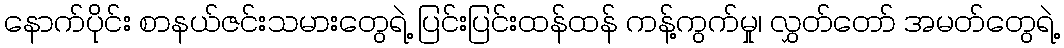
နောက်ပိုင်း စာနယ်ဇင်းသမားတွေရဲ့ ပြင်းပြင်းထန်ထန် ကန့်ကွက်မှု၊ လွှတ်တော် အမတ်တွေရဲ့